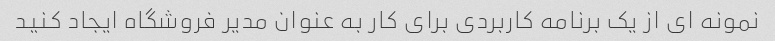
نمونه ای از یک برنامه کاربردی برای کار به عنوان مدیر فروشگاه ایجاد کنید